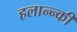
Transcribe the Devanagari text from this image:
हलान्न्की